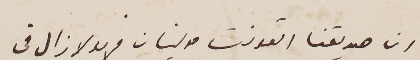
ان صديقنا القونت مولينان فريد لا زال فى